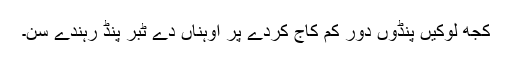
کُجھ لوکیں پِنڈوں دُور کم کاج کردے پر اوہناں دے ٹبّر پِنڈ رہندے سن۔